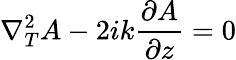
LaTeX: \nabla_{T}^{2}A-2ik{\frac{\partial A}{\partial z}}=0